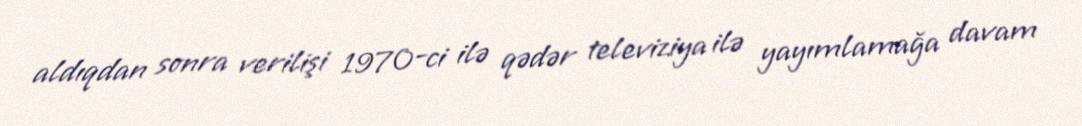
aldıqdan sonra verilişi 1970-ci ilə qədər televiziya ilə yayımlamağa davam